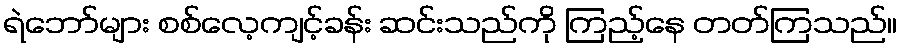
ရဲဘော်များ စစ်လေ့ကျင့်ခန်း ဆင်းသည်ကို ကြည့်နေ တတ်ကြသည်။